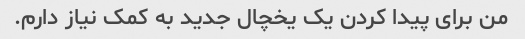
من برای پیدا کردن یک یخچال جدید به کمک نیاز دارم.